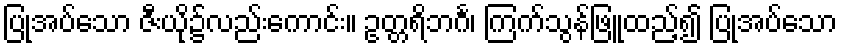
ပြုအပ်သော ဇီးယို၌လည်းကောင်း။ ဥတ္တရိဘင်္ဂ၊ ကြက်သွန်ဖြူထည့်၍ ပြုအပ်သော